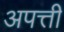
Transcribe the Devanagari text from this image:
अपत्ती